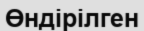
Өндірілген